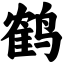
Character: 鹤